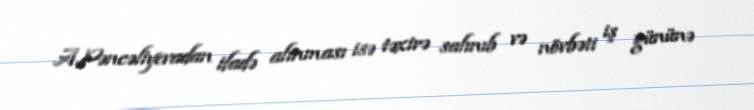
A.Pəncəliyevadan ifadə alınması isə təxirə salınıb və növbəti iş gününə